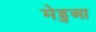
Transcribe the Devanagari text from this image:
मेडुआ